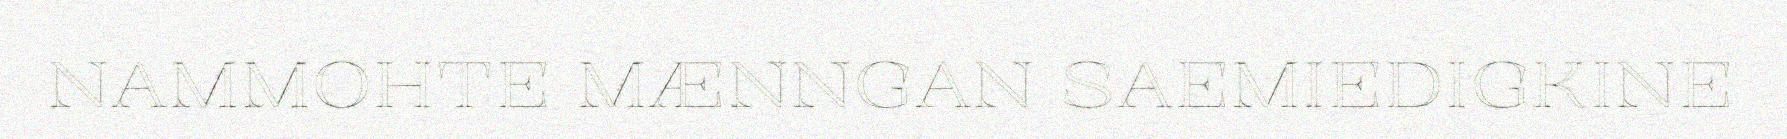
NAMMOHTE MÆNNGAN SAEMIEDIGKINE